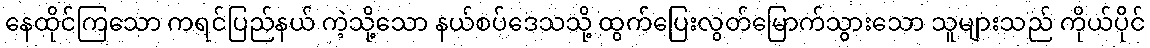
နေထိုင်ကြသော ကရင်ပြည်နယ် ကဲ့သို့သော နယ်စပ်ဒေသသို့ ထွက်ပြေးလွတ်မြောက်သွားသော သူများသည် ကိုယ်ပိုင်